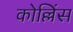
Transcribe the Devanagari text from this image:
कोल्लिंस